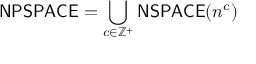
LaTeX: { \mathsf { N P S P A C E } } = \bigcup _ { c \in \mathbb { Z } ^ { + } } { \mathsf { N S P A C E } } ( n ^ { c } )